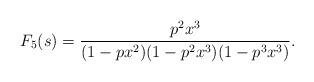
LaTeX: \begin{align*}F_5(s)= \frac{p^2x^3}{(1-px^2)(1-p^2x^3)(1-p^3x^3)}. \end{align*}